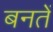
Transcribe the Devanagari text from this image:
बनतें